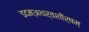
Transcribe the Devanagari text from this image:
इदम्‌अथर्वशीर्षम्‌